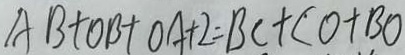
A B + O B + O A + 2 = B C + C O + B O